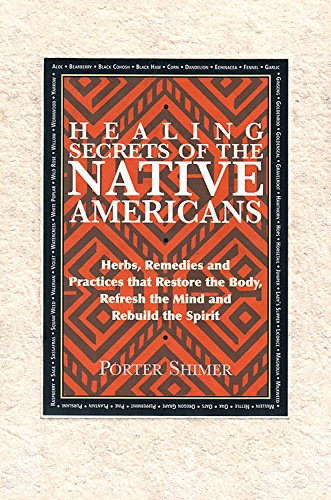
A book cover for Healing Secrets of the Native Americans: Herbs, Remedies, and Practices That Restore the Body, Refresh the Mind, and Rebuild the Spirit; Porter Shimer; Religion & Spirituality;